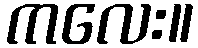
ကလေး။